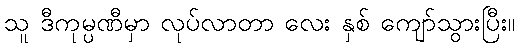
သူ ဒီကုမ္ပဏီမှာ လုပ်လာတာ လေး နှစ် ကျော်သွားပြီး။